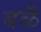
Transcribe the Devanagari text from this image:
बळै